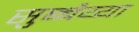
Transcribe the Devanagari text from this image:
सुब्बैय्या